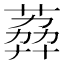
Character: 𦶭